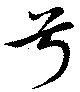
号